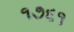
૧૭૬૧